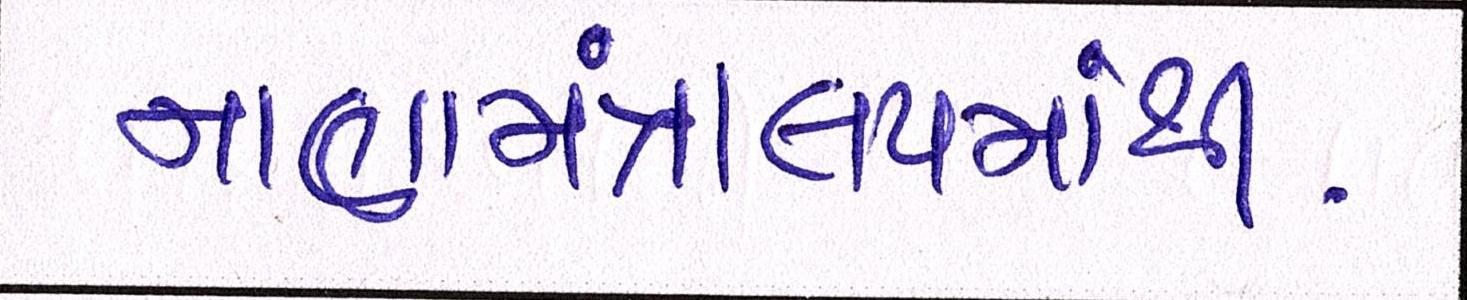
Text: નાણામંત્રાલયમાંથી